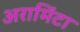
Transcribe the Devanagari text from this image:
अरामिंटा